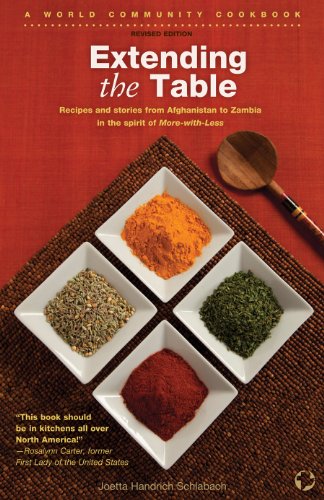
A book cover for Extending the Table: Recipes and Stories from Afghanistan to Zambia in the Spirit of More-With-Less (World Community Cookbook); Joetta Handrich Schlabach; Travel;